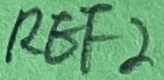
Text: REF2